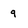
Character: q